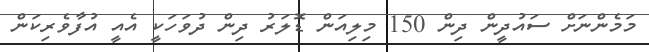
މަމެންނަށް ސައުދީން ދިން 150 މިލިއަން ޑޮލަރު ދިން ދުވަހަކީ އެއީ އުފާވެރިކަން